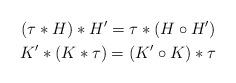
LaTeX: \begin{align*}(\tau * H) * H' = \tau * ( H\circ H')\\K' * ( K * \tau)=( K'\circ K) * \tau\end{align*}